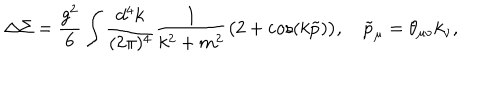
LaTeX: \Delta \Sigma = \frac { g ^ { 2 } } 6 \int \frac { d ^ { 4 } k } { ( 2 \pi ) ^ { 4 } } \frac 1 { k ^ { 2 } + m ^ { 2 } } \big ( 2 + \cos ( k \tilde { p } ) \big ) , \quad \tilde { p } _ { \mu } = \theta _ { \mu \nu } k _ { \nu } ,